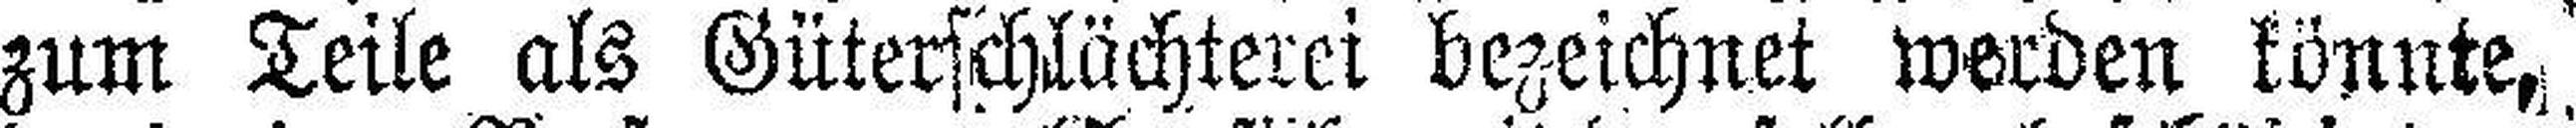
zum Teile als Güterschlächterei bezeichnet werden könnte,